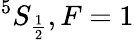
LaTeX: ^{5}S_{\frac{1}{2}},F=1